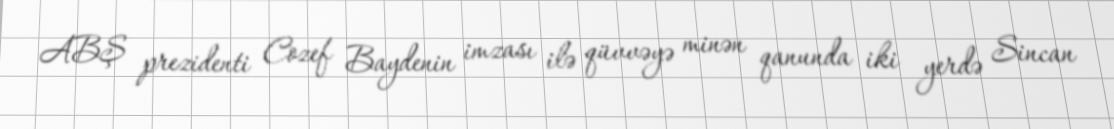
ABŞ prezidenti Cozef Baydenin imzası ilə qüvvəyə minən qanunda iki yerdə Sincan